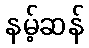
နမ့်ဆန်